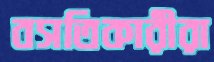
বসতিকারীরা